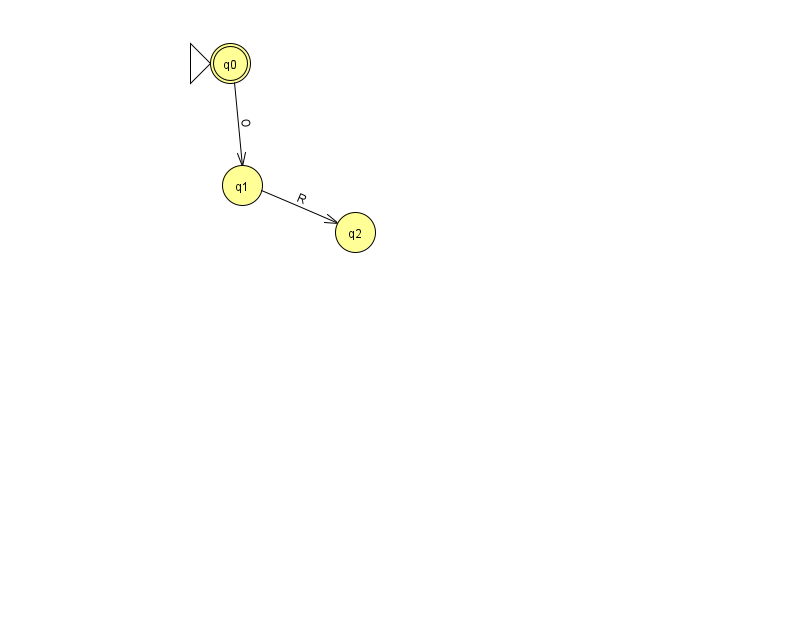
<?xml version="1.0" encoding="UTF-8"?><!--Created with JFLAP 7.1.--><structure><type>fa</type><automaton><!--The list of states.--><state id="0" name="q0"><x>230.0</x><y>50.0</y><initial/><final/></state><state id="1" name="q1"><x>242.0</x><y>172.0</y></state><state id="2" name="q2"><x>355.0</x><y>219.0</y></state><!--The list of transitions.--><transition><from>0</from><to>1</to><read>O</read></transition><transition><from>1</from><to>2</to><read>R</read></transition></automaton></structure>